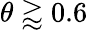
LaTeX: \theta\gtrapprox 0.6